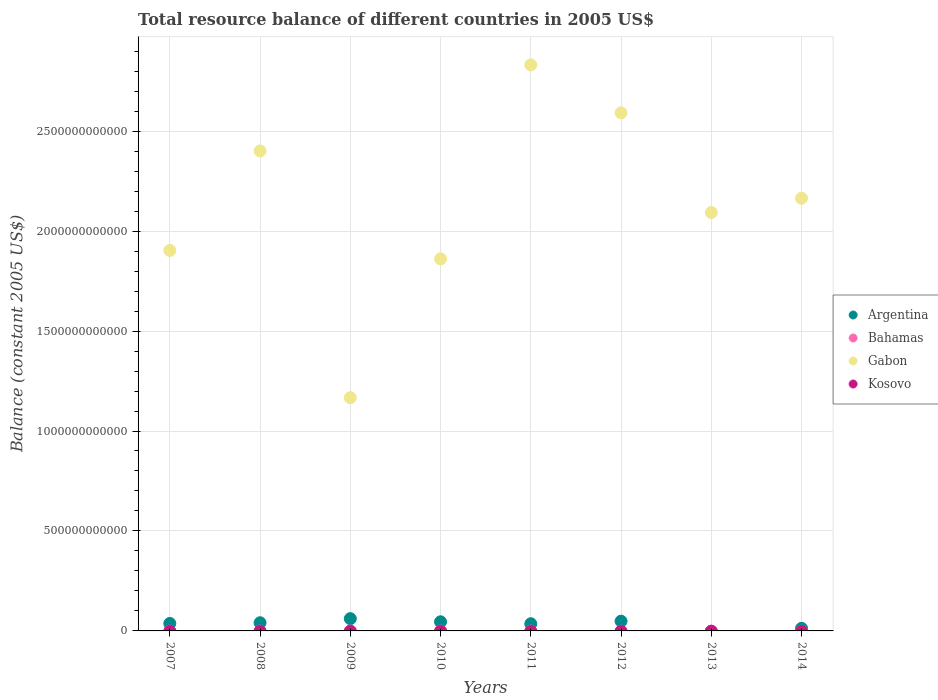
| Years | Argentina | Bahamas | Gabon | Kosovo |
 | --- | --- | --- | --- | --- |
 | 2007 | 3.74e+10 | -6.01e+08 | 1.9e+12 | -1.24e+09 |
 | 2008 | 4.09e+10 | -6.55e+08 | 2.4e+12 | -1.5e+09 |
 | 2009 | 6.14e+10 | -6.11e+08 | 1.17e+12 | -1.42e+09 |
 | 2010 | 4.57e+10 | -6.71e+08 | 1.86e+12 | -1.57e+09 |
 | 2011 | 3.6e+10 | -1.08e+09 | 2.83e+12 | -1.79e+09 |
 | 2012 | 4.88e+10 | -1.25e+09 | 2.59e+12 | -1.73e+09 |
 | 2013 | -2.45e+09 | -9.86e+08 | 2.09e+12 | -1.68e+09 |
 | 2014 | 1.3e+10 | -1.44e+09 | 2.16e+12 | -1.72e+09 |